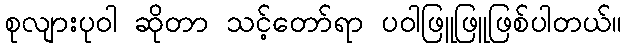
စုလျားပုဝါ ဆိုတာ သင့်တော်ရာ ပဝါဖြူဖြူဖြစ်ပါတယ်။